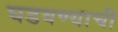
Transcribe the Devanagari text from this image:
घडवण्याची